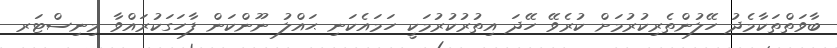
ބާވަތްތަކާމެދު ހޭލުންތެރިކުރުމަށް ކުރެވޭ ހޭދަ އިތުރުކުރުމަކީ ހަމައެކަނި ޙައްލު ނޫންކަން ފާހަގަކުރައްވާ މިނިސްޓަރ